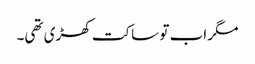
مگر اب تو ساکت کھڑی تھی۔